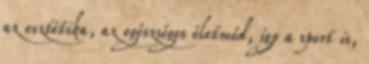
az esztétika, az egészséges életmód, így a sport is,